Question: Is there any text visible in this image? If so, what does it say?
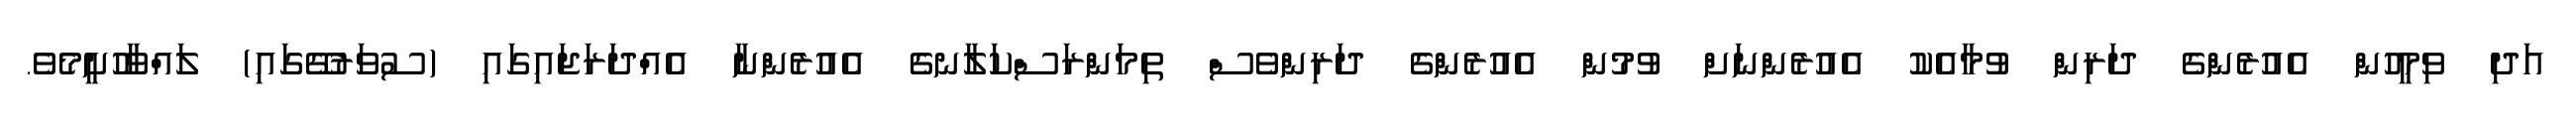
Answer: އަދި ވިމީހުން އެއުރެންގެ ދަރިން ވުމާއެކު އެއުރެންނަށް ވުމުން އެއުރެންގެ ދަރިންވެސް ތިމަންރަސްކަލާނގެ އެއުރެންނާ އެއްދަރަޖައިގައި (ސުވަރުގޭގައި) ލައްވާހުށީމެވެ.